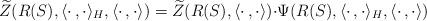
LaTeX: \begin{align*}\widetilde{Z}(R(S),\langle\cdot\,,\cdot\rangle_H,\langle\cdot\,,\cdot\rangle)=\widetilde{Z}(R(S),\langle\cdot\,,\cdot\rangle){\cdot}\Psi(R(S),\langle\cdot\,,\cdot\rangle_H,\langle\cdot\,,\cdot\rangle)\end{align*}